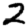
Digit: 2